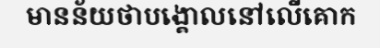
មានន័យថាបង្គោលនៅលើគោក